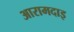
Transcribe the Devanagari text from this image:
आरामदाइ